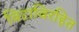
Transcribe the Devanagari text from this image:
विटाविरहित